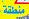
منطقة